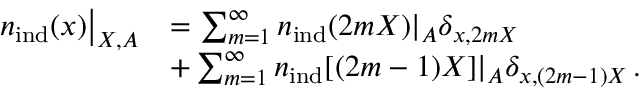
\begin{array} { r l } { \left. { n } _ { \mathrm { i n d } } ( \boldsymbol { x } ) \right| _ { \boldsymbol { X } , A } } & { = \sum _ { m = 1 } ^ { \infty } { n } _ { \mathrm { i n d } } ( 2 m \boldsymbol { X } ) | _ { A } \delta _ { \boldsymbol { x } , 2 m \boldsymbol { X } } } \\ & { + \sum _ { m = 1 } ^ { \infty } { n } _ { \mathrm { i n d } } [ ( 2 m - 1 ) \boldsymbol { X } ] | _ { A } \delta _ { \boldsymbol { x } , ( 2 m - 1 ) \boldsymbol { X } } \, . } \end{array}